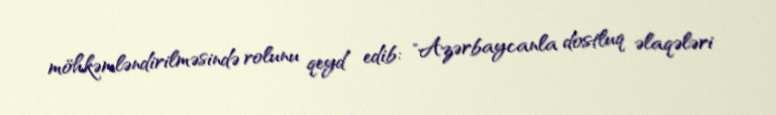
möhkəmləndirilməsində rolunu qeyd edib: "Azərbaycanla dostluq əlaqələri